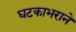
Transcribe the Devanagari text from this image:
घटकाभराने